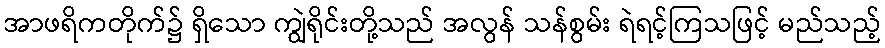
အာဖရိကတိုက်၌ ရှိသော ကျွဲရိုင်းတို့သည် အလွန် သန်စွမ်း ရဲရင့်ကြသဖြင့် မည်သည့်